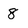
Character: 8